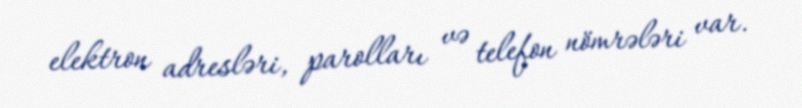
elektron adresləri, parolları və telefon nömrələri var.